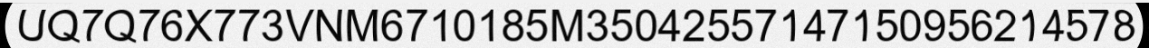
UQ7Q76X773VNM6710185M35042557147150956214578